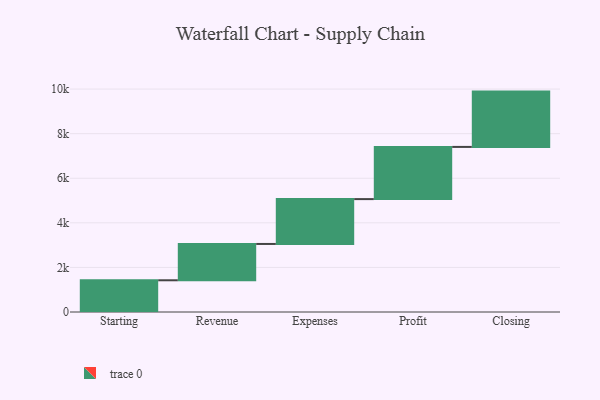
{"axis": {"x": "Step", "y": "Value"}, "legend": [""], "data": [{"x": "Starting", "y": 1423.0, "type": ""}, {"x": "Revenue", "y": 1629.0, "type": ""}, {"x": "Expenses", "y": 2012.0, "type": ""}, {"x": "Profit", "y": 2341.0, "type": ""}, {"x": "Closing", "y": 2481.0, "type": ""}]}